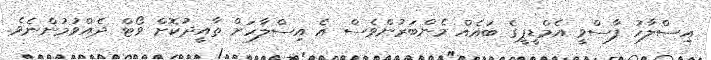
އިސްލާހު ފާސްވީ އެމްޑީޕީގެ ބައެއް މެންބަރުންވެސް އެ އިސްލާހަށް ތާއީދުކޮށް ވޯޓް ދެއްވުމުންނެވެ.